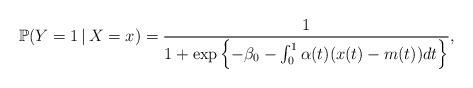
LaTeX: \begin{align*}\mathbb{P}(Y=1\, |\, X=x) = \frac{1}{1 + \exp\left\{-\beta_0 - \int_0^1 \alpha(t)(x(t)-m(t))dt \right\}},\end{align*}